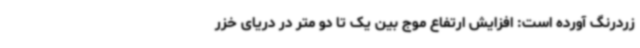
زردرنگ آورده است: افزایش ارتفاع موج بین یک تا دو متر در دریای خزر